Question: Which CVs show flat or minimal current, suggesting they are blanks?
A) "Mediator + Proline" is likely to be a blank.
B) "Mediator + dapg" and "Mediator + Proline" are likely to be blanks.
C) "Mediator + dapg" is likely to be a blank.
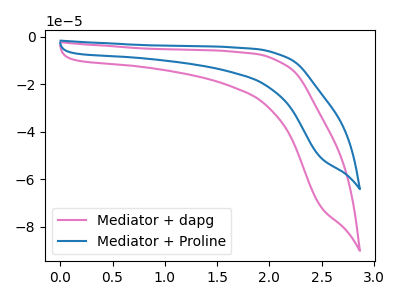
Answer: <think>The pink curve "Mediator + dapg" has no peaks. The blue curve "Mediator + Proline" has no peaks.</think>
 <answer>B) "Mediator + dapg" and "Mediator + Proline" are likely to be blanks.</answer>
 <eval>B</eval>